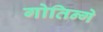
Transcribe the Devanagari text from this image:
गोतिन्गे